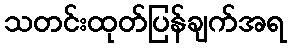
သတင်းထုတ်ပြန်ချက်အရ